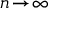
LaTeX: \textstyle n \! \to \! \infty